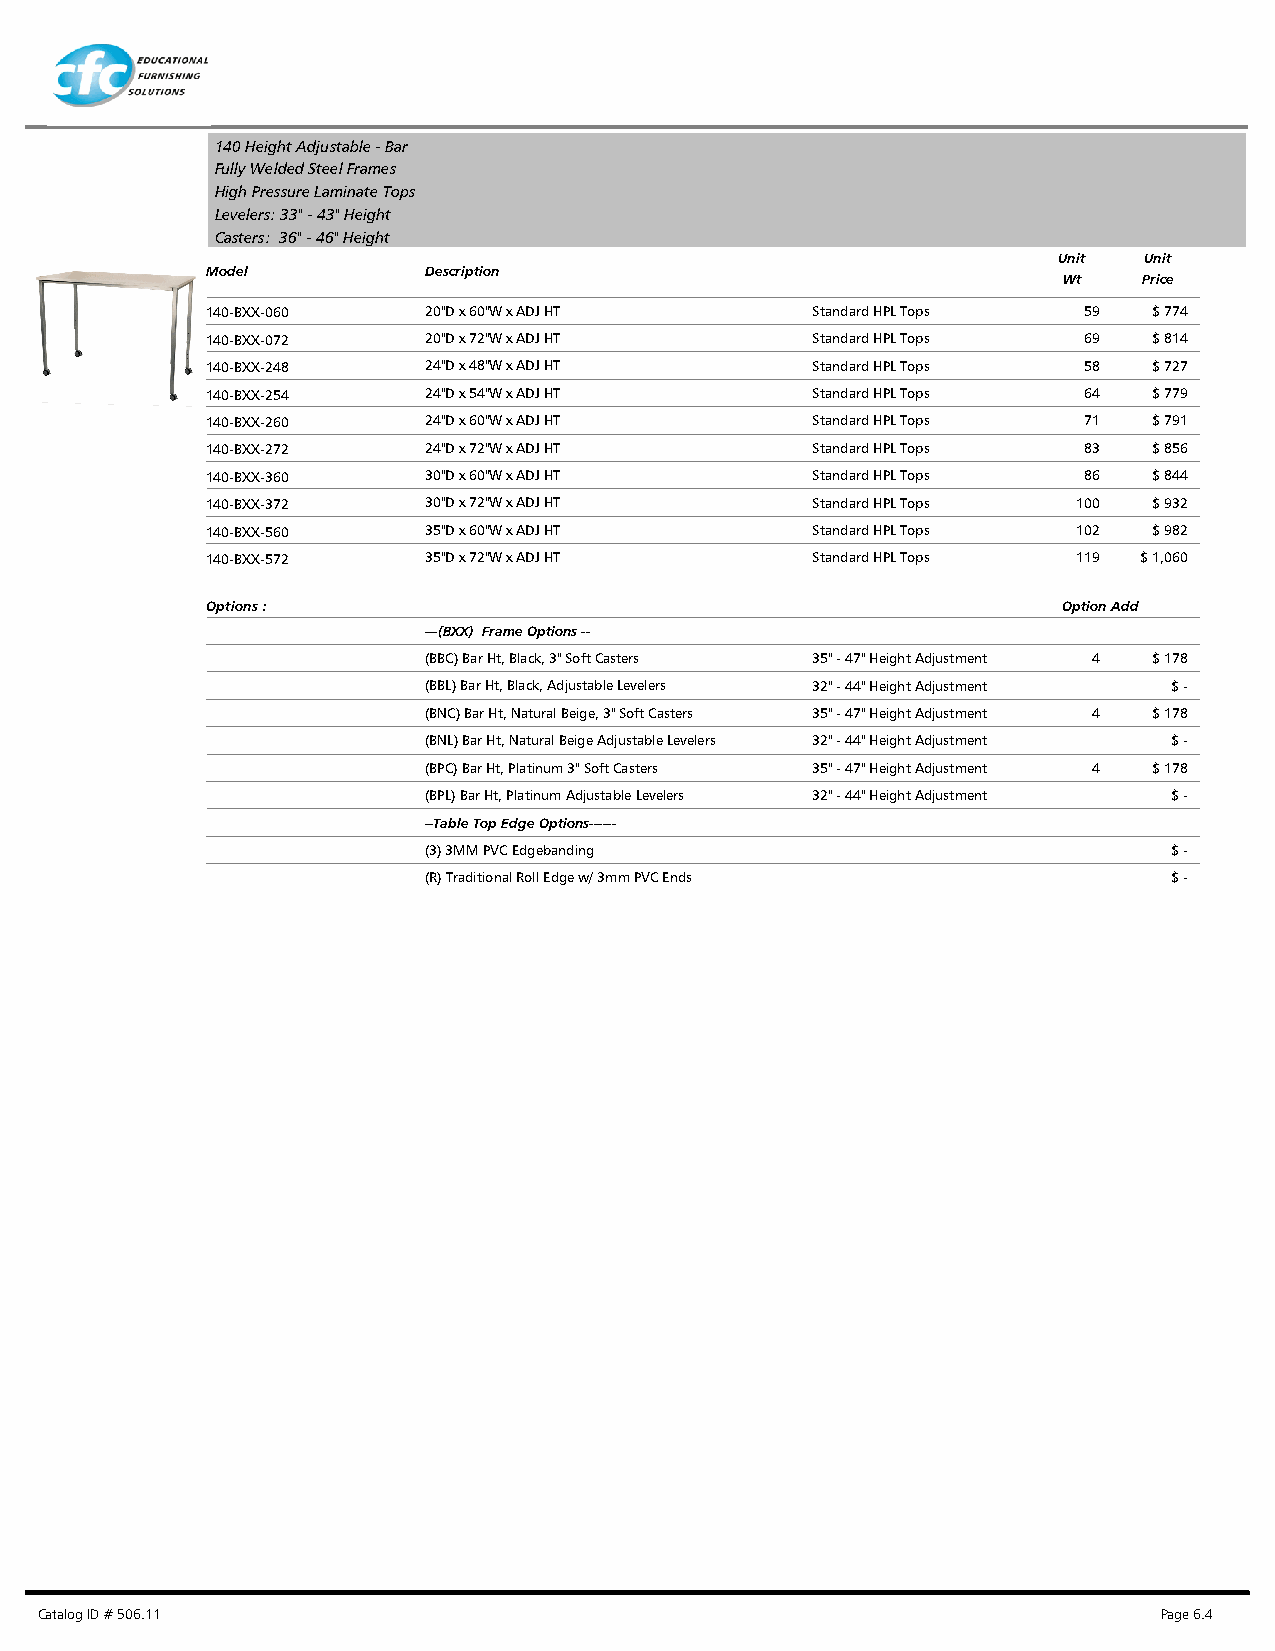
140 Height Adjustable - Bar
 Fully Welded Steel Frames
 High Pressure Laminate Tops
 Levelers: 33" - 43" Height
 Casters: 36" - 46" Height
 Unit  Unit
 Model         Description
 Wt    Price
 140-BXX-060   20"D x 60"W x ADJ HT      Standard HPL Tops 59  $ 774
 140-BXX-072   20"D x 72"W x ADJ HT      Standard HPL Tops 69  $ 814
 140-BXX-248   24"D x 48"W x ADJ HT      Standard HPL Tops 58  $ 727
 140-BXX-254   24"D x 54"W x ADJ HT      Standard HPL Tops 64  $ 779
 140-BXX-260   24"D x 60"W x ADJ HT      Standard HPL Tops 71  $ 791
 140-BXX-272   24"D x 72"W x ADJ HT      Standard HPL Tops 83  $ 856
 140-BXX-360   30"D x 60"W x ADJ HT      Standard HPL Tops 86  $ 844
 140-BXX-372   30"D x 72"W x ADJ HT      Standard HPL Tops 100 $ 932
 140-BXX-560   35"D x 60"W x ADJ HT      Standard HPL Tops 102 $ 982
 140-BXX-572   35"D x 72"W x ADJ HT      Standard HPL Tops 119 $ 1,060
 Options :                                               Option Add
 ---(BXX) Frame Options --
 (BBC) Bar Ht, Black, 3" Soft Casters 35" - 47" Height Adjustment 4 $ 178
 (BBL) Bar Ht, Black, Adjustable Levelers 32" - 44" Height Adjustment $ -
 (BNC) Bar Ht, Natural Beige, 3" Soft Casters 35" - 47" Height Adjustment 4 $ 178
 (BNL) Bar Ht, Natural Beige Adjustable Levelers 32" - 44" Height Adjustment $ -
 (BPC) Bar Ht, Platinum 3" Soft Casters 35" - 47" Height Adjustment 4 $ 178
 (BPL) Bar Ht, Platinum Adjustable Levelers 32" - 44" Height Adjustment $ -
 --Table Top Edge Options------
 (3) 3MM PVC Edgebanding                           $ -
 (R) Traditional Roll Edge w/ 3mm PVC Ends         $ -
 Catalog ID # 506.11                                                        Page 6.4